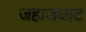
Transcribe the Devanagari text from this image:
जहाजघाट